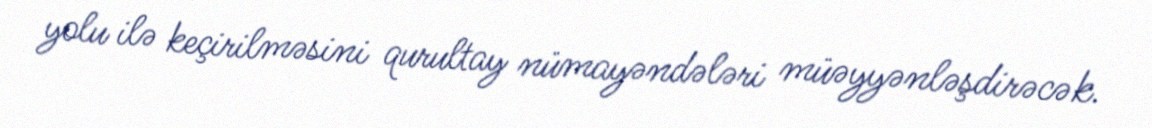
yolu ilə keçirilməsini qurultay nümayəndələri müəyyənləşdirəcək.